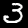
Label: 3